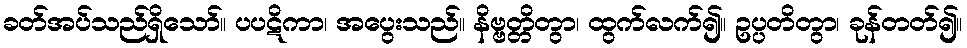
ခတ်အပ်သည်ရှိသော်။ ပပဋိကာ၊ အပွေးသည်။ နိဗ္ဗတ္တိတွာ၊ ထွက်လက်၍။ ဥပ္ပတိတွာ၊ ခုန်တတ်၍။